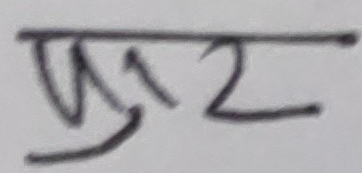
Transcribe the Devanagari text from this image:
पुर